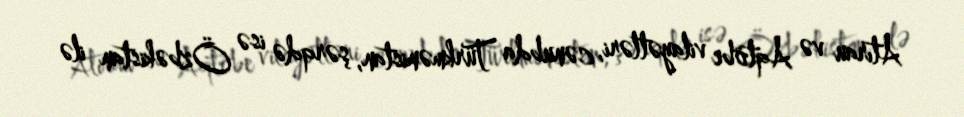
Atırau və Aqtöbe vilayətləri, cənubda Türkmənistan, şərqdə isə Özbəkistan ilə